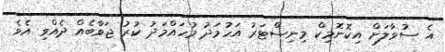
އެ ސުވާލަށް އިކޮނޮމިކް މިނިސްޓަރު އަހުމަދު މުހައްމަދު ކުރު ޖަވާބެއް ދެއްވި އެވެ